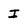
Character: I